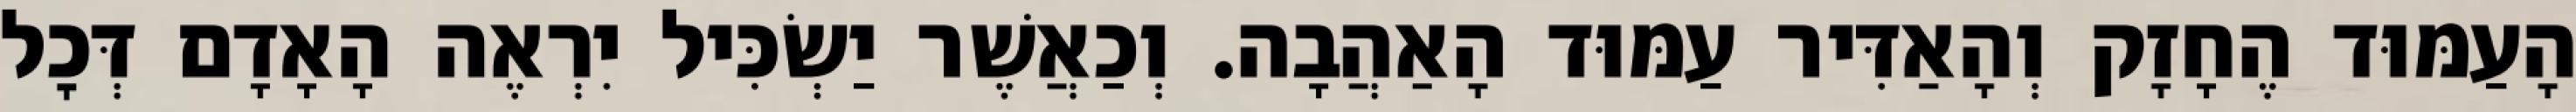
הָעַמּוּד הֶחָזָק וְהָאַדִּיר עַמּוּד הָאַהֲבָה. וְכַאֲשֶׁר יַשְׂכִּיל יִרְאֶה הָאָדָם דְּכׇל